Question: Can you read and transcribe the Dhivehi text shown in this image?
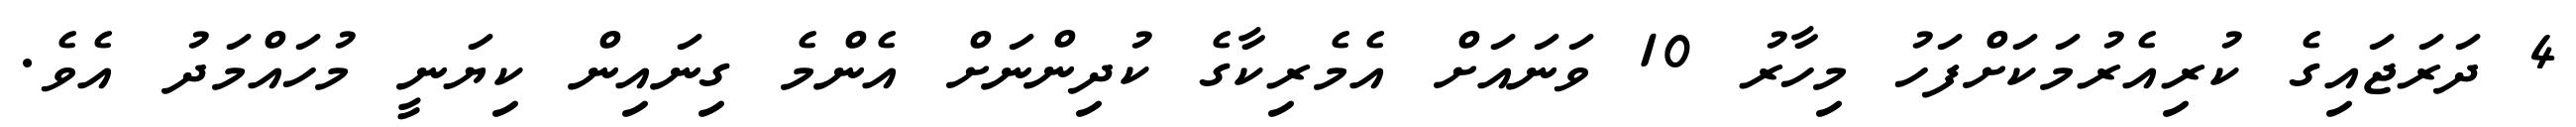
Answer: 4 ދަރަޖައިގެ ކުރިއެރުމަކަށްފަހު މިހާރު 10 ވަނައަށް އެމެރިކާގެ ކުދިންނަށް އެންމެ ގިނައިން ކިޔަނީ މުހައްމަދު އެވެ.